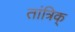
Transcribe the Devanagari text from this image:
तांत्रिक्